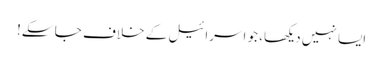
ایسا نہیں دیکھا، جو اسرائیل کے خلاف جا سکے!